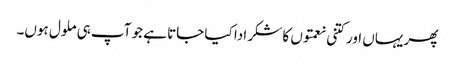
پھر یہاں اور کتنی نعمتوں کا شکر ادا کیا جاتا ہے جو آپ ہی ملول ہوں۔